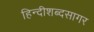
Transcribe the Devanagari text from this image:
हिन्दीशब्दसागर